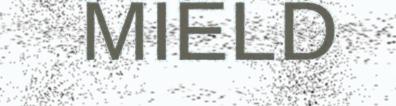
MIELD